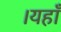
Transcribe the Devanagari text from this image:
।यहाँ